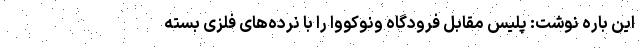
این باره نوشت: پلیس مقابل فرودگاه ونوکووا را با نرده‌های فلزی بسته